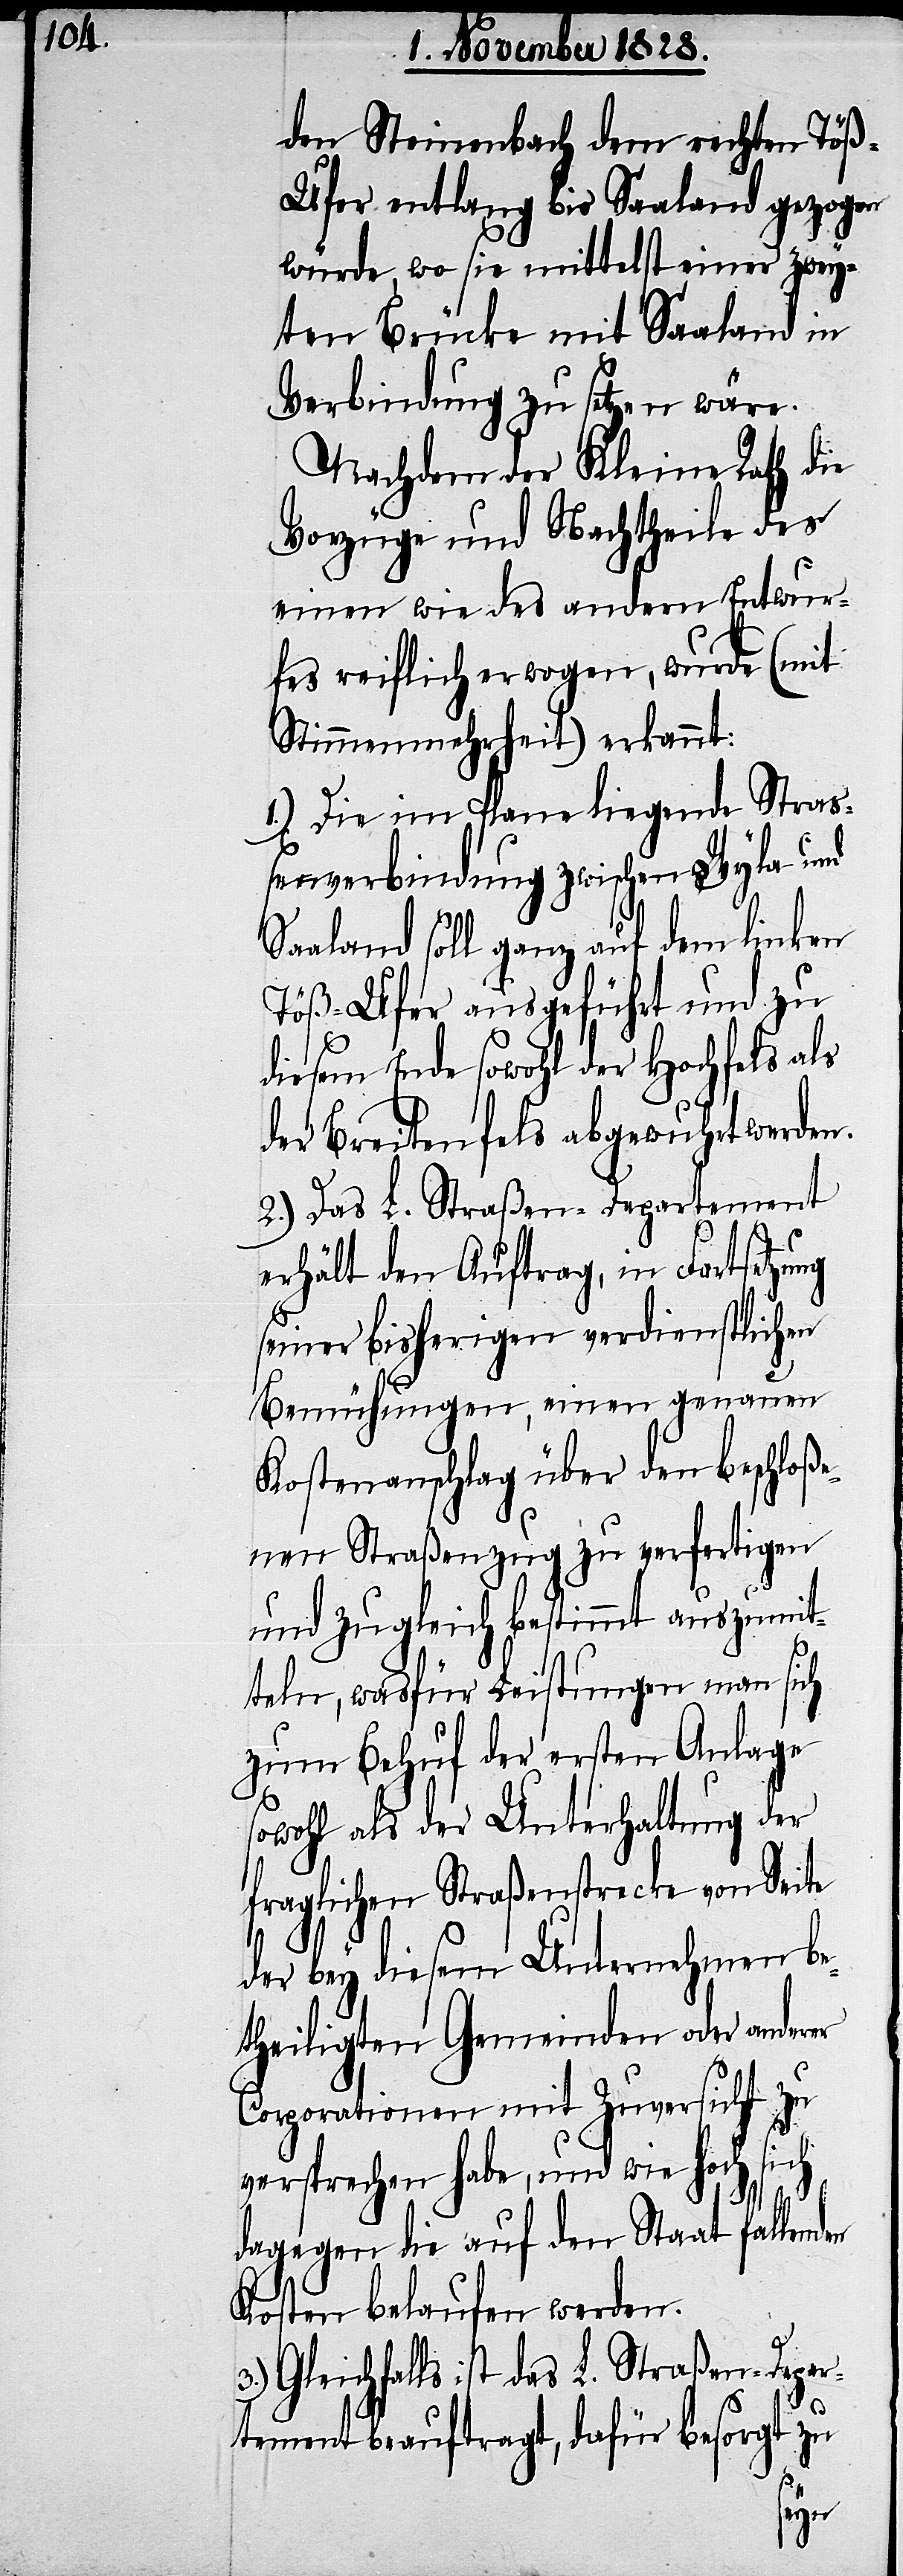
den Steinenbach dem rechten Tö¬
ß-Ufer entlang bis Saaland gezogen
würde, wo sie mittelst einer zwei¬
ten Brücke mit Saaland in
Verbindung zu setzen wäre.
Nachdem der Kleine Rath die
Vorzüge und Nachtheile des
einen wie des andern Entwur¬
fes reiflich erwogen, wurde (mit
Stimmenmehrheit) erkannt:
1.) Die im Plane liegende Straß¬
enverbindung zwischen Wyla und
Saaland soll ganz auf dem linken
Töß-Ufer ausgeführt und zu
diesem Ende sowohl der Hochfels als
der Breitenfels abgewuhrt werde.
2.) Das L. Straßen-Departement
erhält den Auftrag, in Fortsetzung
seiner bisherigen verdienstlichen
Bemühungen, einen genauen
Kostenanschlag über den beschloße¬
nen Straßenzug zu verfertigen
und zugleich bestimmt auszumit¬
teln, wasfür Leistungen man sich
zum Behuf der ersten Anlage
sowohl als der Unterhaltung der
fraglichen Straßenstrecke von Seite
der bey diesem Unternehmen be¬
theiligten Gemeinden oder anderer
Corporationen mit Zuversicht zu
versprechen habe, und wie hoch sich
dagegen die auf den Staat fallenden
Kosten belaufen werden.
3.) Gleichfalls ist das L. Straßen-Depar¬
tement beauftragt, dafür besorgt zu